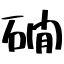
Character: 礀